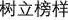
树立榜样